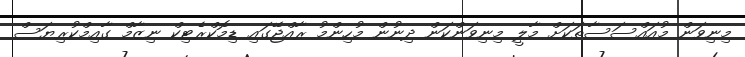
މިނިވަން މުއައްސަސާތަކަށް މާލީ މިނިވަންކަން ދިނުން މުހިންމު ރާއްޖޭގައި ޑިމޮކްރެޓިކް ނިޒާމް ގާއިމްކުރިޔަސް